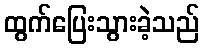
ထွက်ပြေးသွားခဲ့သည်